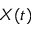
X ( t )